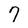
Character: 7